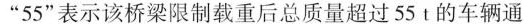
”55”表示该桥梁限制载重后总质量超过55t的车辆通